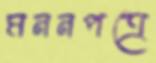
মননপত্রে